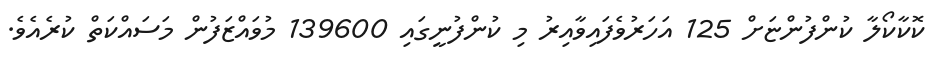
ކޮކާކޯލާ ކުންފުންޏަށް 125 އަހަރުވެފައިވާއިރު މި ކުންފުނީގައި 139600 މުވައްޒަފުން މަސައްކަތް ކުރެއެވެ.